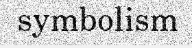
symbolism